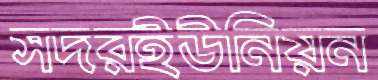
সদরইউনিয়ন